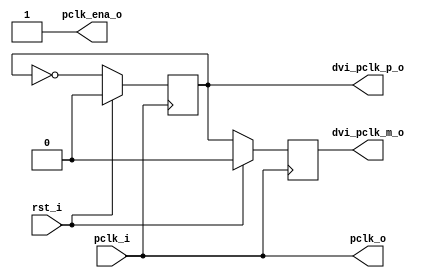
/////////////////////////////////////////////////////////////////////
////                                                             ////
////  WISHBONE rev.B2 compliant VGA/LCD Core; Clock Generator    ////
////                                                             ////
////                                                             ////
////          richard@asics.ws                                   ////
////          www.asics.ws                                       ////
////                                                             ////
////  Downloaded from: http://www.opencores.org/projects/vga_lcd ////
////                                                             ////
/////////////////////////////////////////////////////////////////////
////                                                             ////
//// Copyright (C) 2003 Richard Herveille                        ////
////                    richard@asics.ws                         ////
////                                                             ////
//// This source file may be used and distributed without        ////
//// restriction provided that this copyright statement is not   ////
//// removed from the file and that any derivative work contains ////
//// the original copyright notice and the associated disclaimer.////
////                                                             ////
////     THIS SOFTWARE IS PROVIDED ``AS IS'' AND WITHOUT ANY     ////
//// EXPRESS OR IMPLIED WARRANTIES, INCLUDING, BUT NOT LIMITED   ////
//// TO, THE IMPLIED WARRANTIES OF MERCHANTABILITY AND FITNESS   ////
//// FOR A PARTICULAR PURPOSE. IN NO EVENT SHALL THE AUTHOR      ////
//// OR CONTRIBUTORS BE LIABLE FOR ANY DIRECT, INDIRECT,         ////
//// INCIDENTAL, SPECIAL, EXEMPLARY, OR CONSEQUENTIAL DAMAGES    ////
//// (INCLUDING, BUT NOT LIMITED TO, PROCUREMENT OF SUBSTITUTE   ////
//// GOODS OR SERVICES; LOSS OF USE, DATA, OR PROFITS; OR        ////
//// BUSINESS INTERRUPTION) HOWEVER CAUSED AND ON ANY THEORY OF  ////
//// LIABILITY, WHETHER IN  CONTRACT, STRICT LIABILITY, OR TORT  ////
//// (INCLUDING NEGLIGENCE OR OTHERWISE) ARISING IN ANY WAY OUT  ////
//// OF THE USE OF THIS SOFTWARE, EVEN IF ADVISED OF THE         ////
//// POSSIBILITY OF SUCH DAMAGE.                                 ////
////                                                             ////
/////////////////////////////////////////////////////////////////////

/////////////////////////////////////////////////////////////////////
//                                                                 //
// !! SPECIAL LOGIC, USE PRECAUTION DURING SYNTHESIS AND LAYOUT !! //
//                                                                 //
// This is a clock generation circuit. Although all output clocks  //
// are generated synchronous to the input clock, special care must //
// be taken during synthesis and physical layout.                  //
//                                                                 //
/////////////////////////////////////////////////////////////////////



//  CVS Log
//
//  $Id: vga_clkgen.v,v 1.1 2003-05-07 14:43:01 rherveille Exp $
//
//  $Date: 2003-05-07 14:43:01 $
//  $Revision: 1.1 $
//  $Author: rherveille $
//  $Locker:  $
//  $State: Exp $
//
// Change History:
//               $Log: not supported by cvs2svn $
//

//synopsys translate_off
//synopsys translate_on


module vga_clkgen (
	pclk_i, rst_i, pclk_o, dvi_pclk_p_o, dvi_pclk_m_o, pclk_ena_o
);

	// inputs & outputs

	input  pclk_i;       // pixel clock in
	input  rst_i;        // reset input

	output pclk_o;       // pixel clock out

	output dvi_pclk_p_o; // dvi cpclk+ output
	output dvi_pclk_m_o; // dvi cpclk- output

	output pclk_ena_o;   // pixel clock enable output

	//
	// variable declarations
	//
	reg dvi_pclk_p_o;
	reg dvi_pclk_m_o;

	//////////////////////////////////
	//
	// module body
	//

	// These should be registers in or near IO buffers
	always @(posedge pclk_i)
	  if (rst_i) begin
	    dvi_pclk_p_o <= #1 1'b0;
	    dvi_pclk_m_o <= #1 1'b0;
	  end else begin
	    dvi_pclk_p_o <= #1 ~dvi_pclk_p_o;
	    dvi_pclk_m_o <= #1 dvi_pclk_p_o;
	  end


`ifdef VGA_12BIT_DVI
	// DVI circuit
	// pixel clock is half of the input pixel clock

	reg pclk_o, pclk_ena_o;

	always @(posedge pclk_i)
	  if (rst_i)
	    pclk_o <= #1 1'b0;
	  else
	    pclk_o <= #1 ~pclk_o;

	always @(posedge pclk_i)
	  if (rst_i)
	    pclk_ena_o <= #1 1'b1;
	  else
	    pclk_ena_o <= #1 ~pclk_ena_o;

`else
	// No DVI circuit
	// Simply reroute the pixel clock input

	assign pclk_o     = pclk_i;
	assign pclk_ena_o = 1'b1;
`endif

endmodule